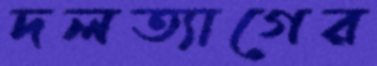
দলত্যাগের